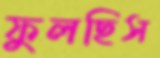
ফুলছিস